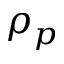
\rho _ { p }